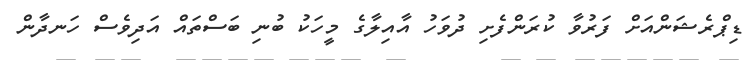
ޑިޕްރެޝަންއަށް ފަރުވާ ކުރަންފެށި ދުވަހު އާއިލާގެ މީހަކު ބުނި ބަސްތައް އަދިވެސް ހަނދާން